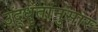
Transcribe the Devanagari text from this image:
उद्‌धृतांनुसार